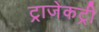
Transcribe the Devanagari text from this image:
ट्राजेकट्री